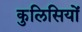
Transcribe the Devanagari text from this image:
कुलिसियों